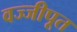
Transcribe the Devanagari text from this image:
वज्जीपूत